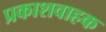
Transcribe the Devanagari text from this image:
प्रकाशवाहक